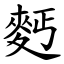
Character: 麫